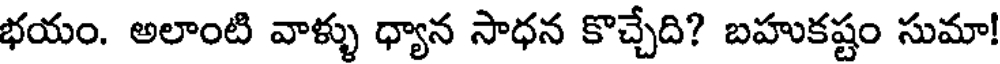
భయం. అలాంటి వాళ్ళు ధ్యాన సాధన కొచ్చేది? బహుకష్టం సుమా!